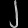
Digit: ၂